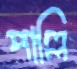
পাল্লি